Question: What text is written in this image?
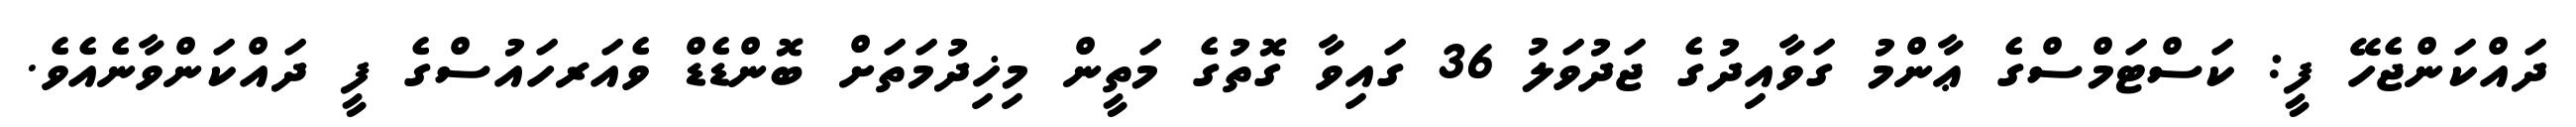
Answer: ދައްކަންޖެހޭ ފީ: ކަސްޓަމްސްގެ ޢާންމު ގަވާއިދުގެ ޖަދުވަލު 36 ގައިވާ ގޮތުގެ މަތީން މިޚިދުމަތަށް ބޮންޑެޑް ވެއަރހައުސްގެ ފީ ދައްކަންވާނެއެވެ.